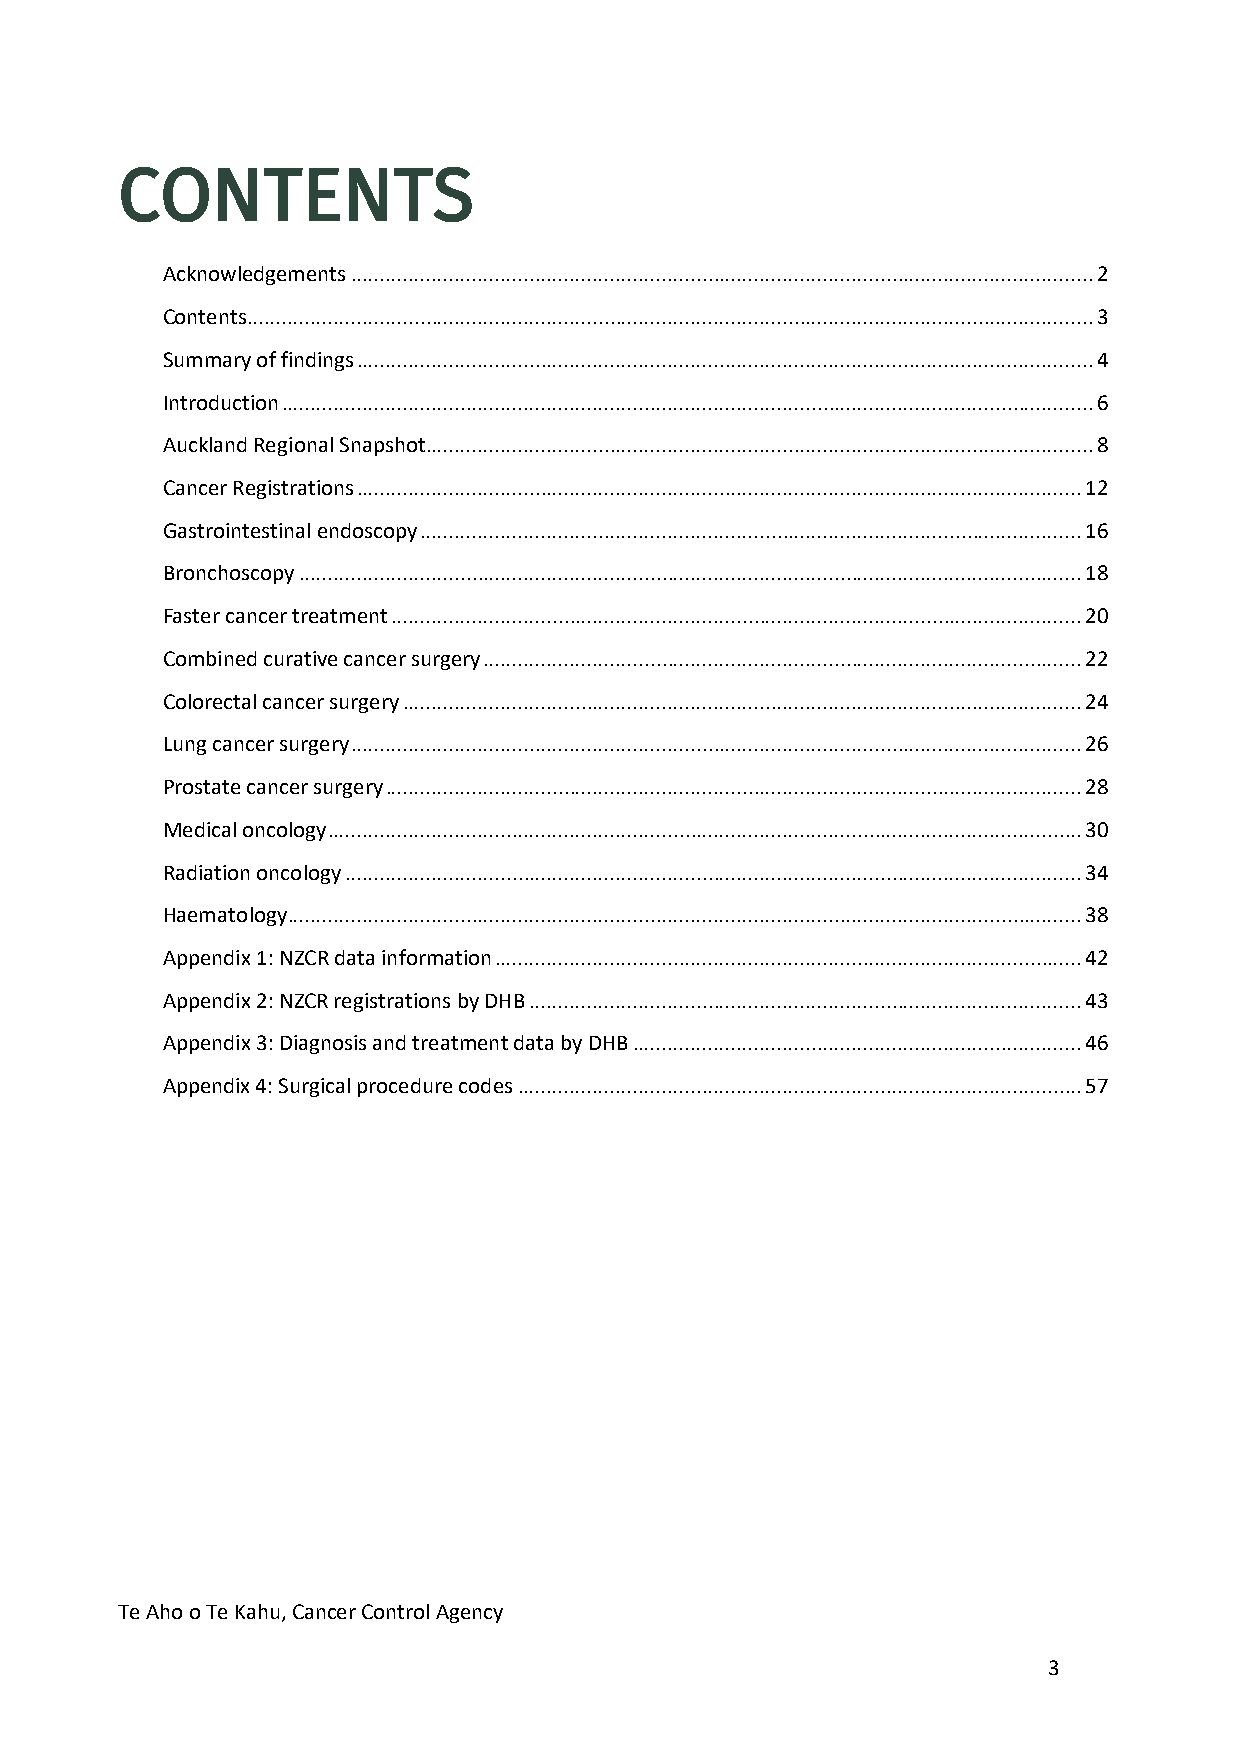
CONTENTS
 Acknowledgements ................................................................................................................................. 2
 Contents ................................................................................................................................................... 3
 Summary of findings ................................................................................................................................ 4
 Introduction ............................................................................................................................................. 6
 Auckland Regional Snapshot .................................................................................................................... 8
 Cancer Registrations .............................................................................................................................. 12
 Gastrointestinal endoscopy ................................................................................................................... 16
 Bronchoscopy ........................................................................................................................................ 18
 Faster cancer treatment ........................................................................................................................ 20
 Combined curative cancer surgery ........................................................................................................ 22
 Colorectal cancer surgery ...................................................................................................................... 24
 Lung cancer surgery ............................................................................................................................... 26
 Prostate cancer surgery ......................................................................................................................... 28
 Medical oncology ................................................................................................................................... 30
 Radiation oncology ................................................................................................................................ 34
 Haematology .......................................................................................................................................... 38
 Appendix 1: NZCR data information ...................................................................................................... 42
 Appendix 2: NZCR registrations by DHB ................................................................................................ 43
 Appendix 3: Diagnosis and treatment data by DHB .............................................................................. 46
 Appendix 4: Surgical procedure codes .................................................................................................. 57
 Te Aho o Te Kahu, Cancer Control Agency
 3